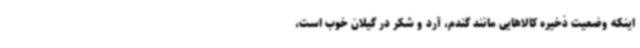
اینکه وضعیت ذخیره کالاهایی مانند گندم، آرد و شکر در گیلان خوب است،